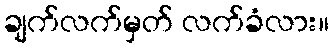
ချက်လက်မှတ် လက်ခံလား။